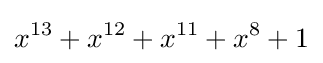
x^{13}+x^{12}+x^{11}+x^{8}+1